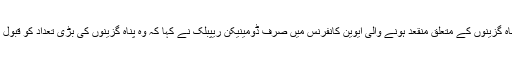
جولائی 1938 میں پناہ گزینوں کے متعلق منقعد ہونے والی ایوین کانفرنس میں صرف ڈومینیکن ریپبلک نے کہا کہ وہ پناہ گزینوں کی بڑی تعداد کو قبول کرنے کیلئے تیار ہے۔